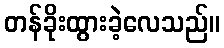
တန်ခိုးထွားခဲ့လေသည်။